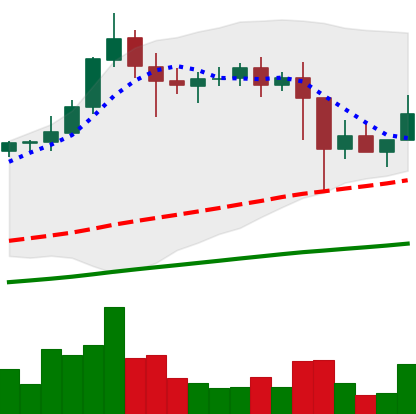
Ticker: XLM-USD
Chart end date: 2021-02-27
Forward return: -6.396%
Label: down_5_7